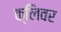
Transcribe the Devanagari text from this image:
क्लिवर